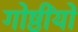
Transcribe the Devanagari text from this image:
गोष्ठींयों